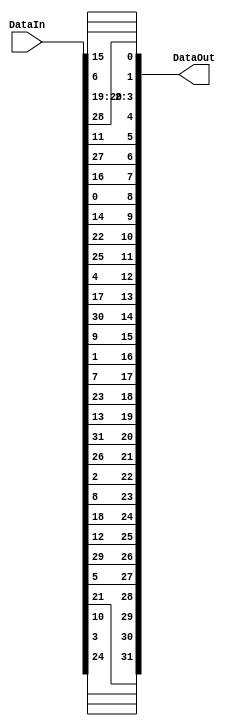
module PermutationfFunction(DataIn,DataOut);
    input [31:0] DataIn;
    output [31:0] DataOut;
    assign DataOut[0]=DataIn[15];
    assign DataOut[1]=DataIn[6];
    assign DataOut[2]=DataIn[19];
    assign DataOut[3]=DataIn[20];
    assign DataOut[4]=DataIn[28];
    assign DataOut[5]=DataIn[11];
    assign DataOut[6]=DataIn[27];
    assign DataOut[7]=DataIn[16];
    assign DataOut[8]=DataIn[0];
    assign DataOut[9]=DataIn[14];
    assign DataOut[10]=DataIn[22];
    assign DataOut[11]=DataIn[25];
    assign DataOut[12]=DataIn[4];
    assign DataOut[13]=DataIn[17];
    assign DataOut[14]=DataIn[30];
    assign DataOut[15]=DataIn[9];
    assign DataOut[16]=DataIn[1];
    assign DataOut[17]=DataIn[7];
    assign DataOut[18]=DataIn[23];
    assign DataOut[19]=DataIn[13];
    assign DataOut[20]=DataIn[31];
    assign DataOut[21]=DataIn[26];
    assign DataOut[22]=DataIn[2];
    assign DataOut[23]=DataIn[8];
    assign DataOut[24]=DataIn[18];
    assign DataOut[25]=DataIn[12];
    assign DataOut[26]=DataIn[29];
    assign DataOut[27]=DataIn[5];
    assign DataOut[28]=DataIn[21];
    assign DataOut[29]=DataIn[10];
    assign DataOut[30]=DataIn[3];
    assign DataOut[31]=DataIn[24];

endmodule